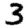
Digit: 3